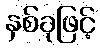
နှစ်ခုဖြင့်